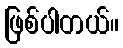
ဖြစ်ပါတယ်။